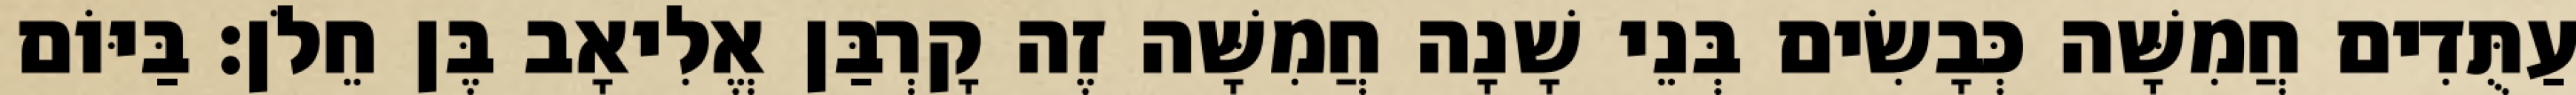
עַתֻּדִים חֲמִשָּׁה כְּבָשִׂים בְּנֵי שָׁנָה חֲמִשָּׁה זֶה קָרְבַּן אֱלִיאָב בֶּן חֵלֹן׃ בַּיּוֹם